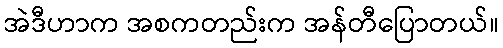
အဲဒီဟာက အစကတည်းက အန်တီပြောတယ်။